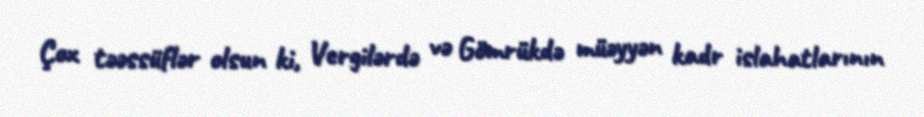
Çox təəssüflər olsun ki, Vergilərdə və Gömrükdə müəyyən kadr islahatlarının